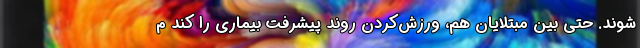
‌شوند. حتی بین مبتلایان هم، ورزش‌کردن روند پیشرفت بیماری را کند م